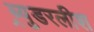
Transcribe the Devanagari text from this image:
ब्र्युडरलीश